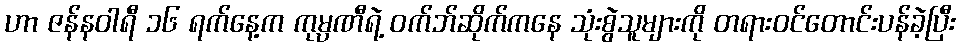
ဟာ ဇန်နဝါရီ ၁၆ ရက်နေ့က ကုမ္ပဏီရဲ့ ဝက်ဘ်ဆိုက်ကနေ သုံးစွဲသူများကို တရားဝင်တောင်းပန်ခဲ့ပြီး